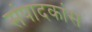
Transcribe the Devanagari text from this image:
संपादकांस